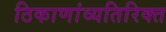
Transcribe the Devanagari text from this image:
ठिकाणांव्यतिरिक्त